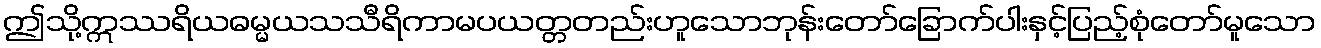
ဤသို့ဣဿရိယဓမ္မယသသီရိကာမပယတ္တတည်းဟူသောဘုန်းတော်ခြောက်ပါးနှင့်ပြည့်စုံတော်မူသော